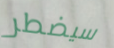
سيضطر